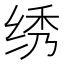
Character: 绣